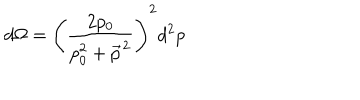
d \Omega = \left( \frac { 2 p _ { 0 } } { p _ { 0 } ^ { 2 } + \vec { p } ^ { ~ \! 2 } } \right) ^ { 2 } d ^ { 2 } p